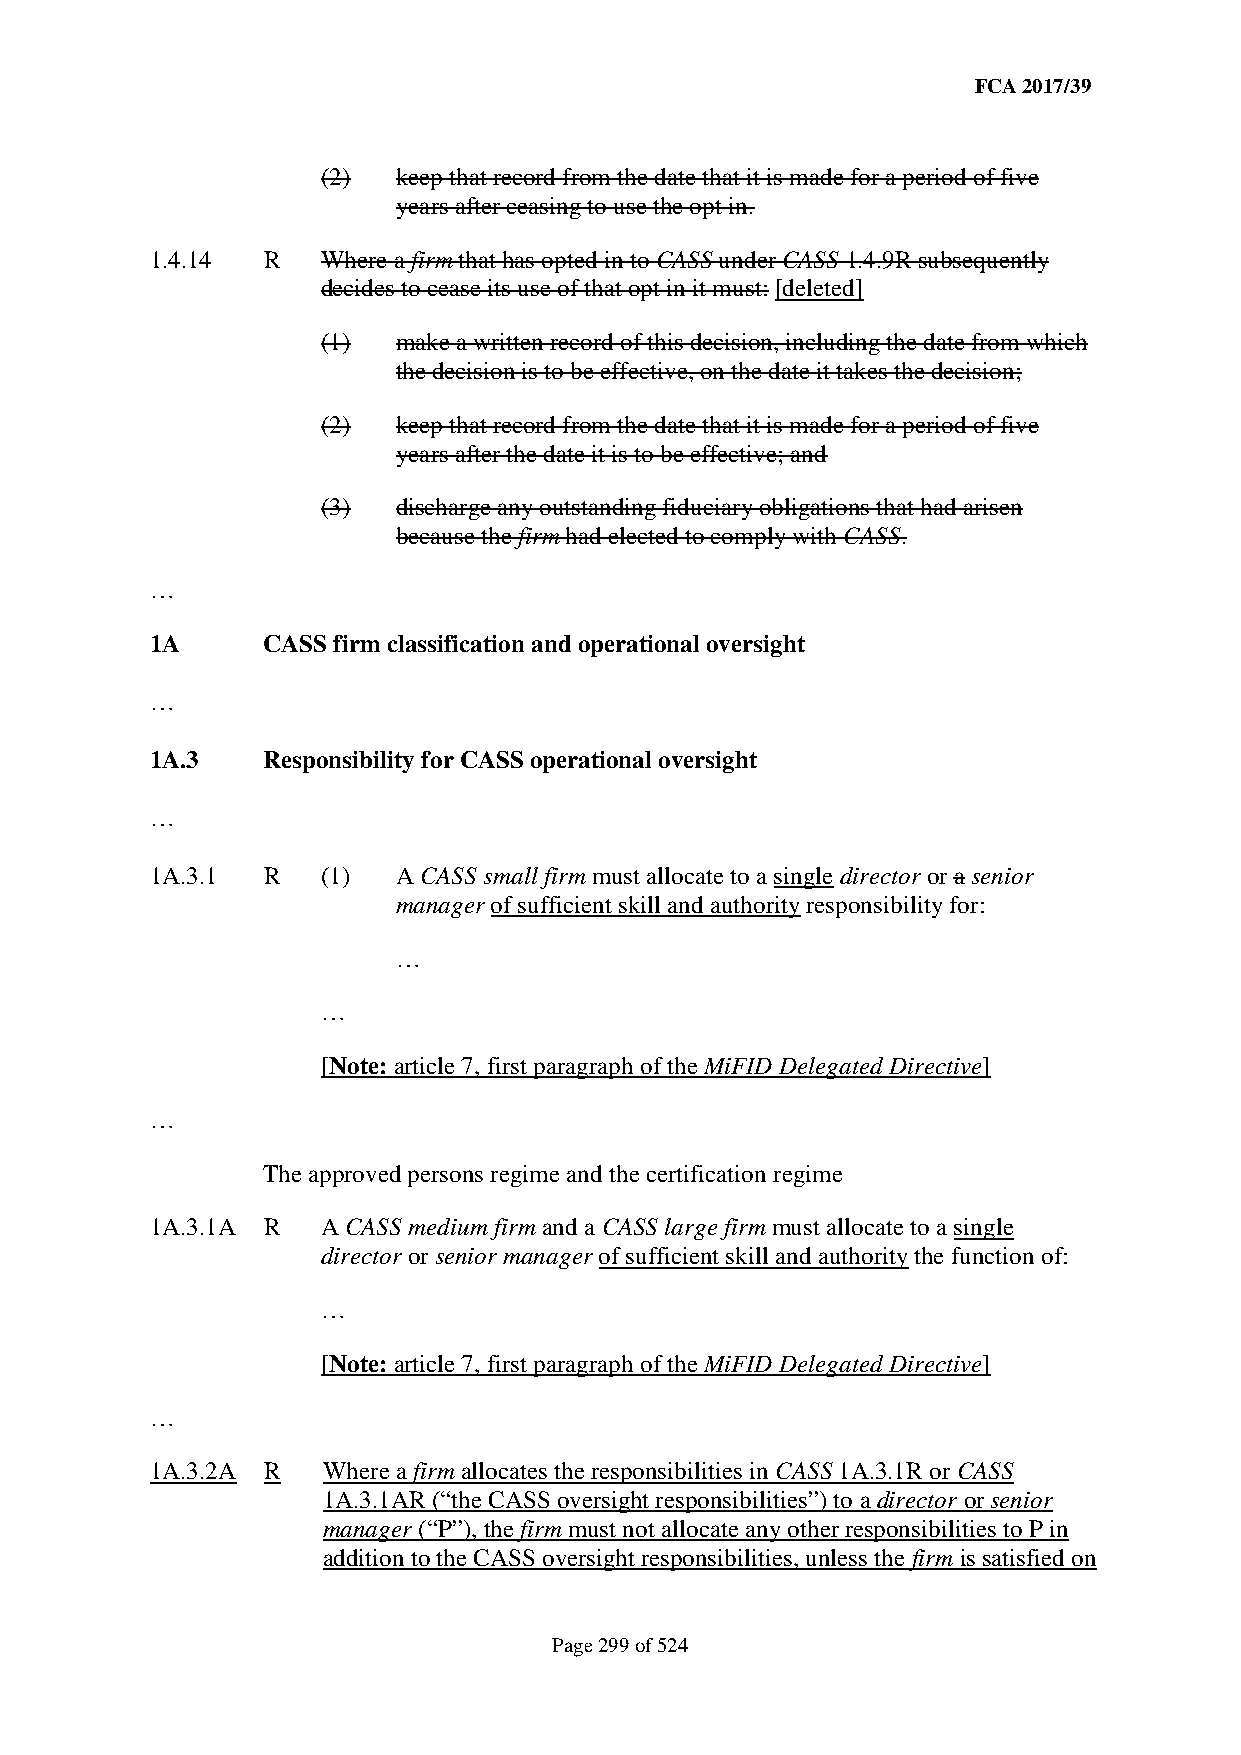
FCA 2017/39
 (2)  keep that record from the date that it is made for a period of five
 years after ceasing to use the opt in.
 1.4.14 R   Where a firm that has opted in to CASS under CASS 1.4.9R subsequently
 decides to cease its use of that opt in it must: [deleted]
 (1)  make a written record of this decision, including the date from which
 the decision is to be effective, on the date it takes the decision;
 (2)  keep that record from the date that it is made for a period of five
 years after the date it is to be effective; and
 (3)  discharge any outstanding fiduciary obligations that had arisen
 because the firm had elected to comply with CASS.
 …
 1A     CASS firm classification and operational oversight
 …
 1A.3   Responsibility for CASS operational oversight
 …
 1A.3.1 R   (1)  A CASS small firm must allocate to a single director or a senior
 manager of sufficient skill and authority responsibility for:
 …
 …
 [Note: article 7, first paragraph of the MiFID Delegated Directive]
 …
 The approved persons regime and the certification regime
 1A.3.1A R  A CASS medium firm and a CASS large firm must allocate to a single
 director or senior manager of sufficient skill and authority the function of:
 …
 [Note: article 7, first paragraph of the MiFID Delegated Directive]
 …
 1A.3.2A R  Where a firm allocates the responsibilities in CASS 1A.3.1R or CASS
 1A.3.1AR (“the CASS oversight responsibilities”) to a director or senior
 manager (“P”), the firm must not allocate any other responsibilities to P in
 addition to the CASS oversight responsibilities, unless the firm is satisfied on
 Page 299 of 524